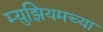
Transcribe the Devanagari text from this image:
म्य़ुझियमच्या